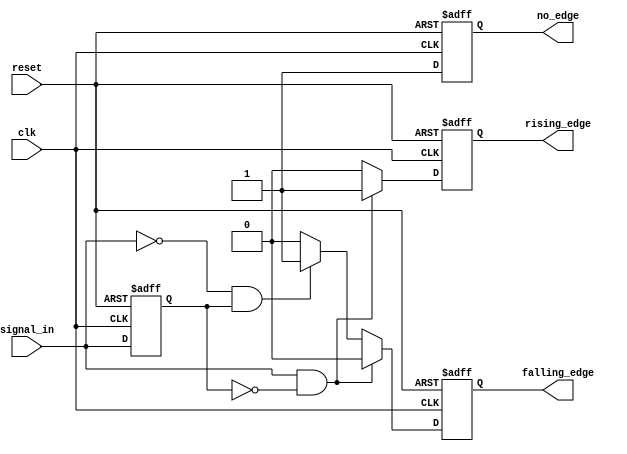
module differential_edge_detector (
    input wire clk,              // Clock input
    input wire reset,            // Asynchronous reset input
    input wire signal_in,        // Signal to be monitored
    output reg rising_edge,      // Output signal for rising edge detection
    output reg falling_edge,     // Output signal for falling edge detection
    output reg no_edge           // Output signal for no edge detected
);

    reg previous_state;          // Memory block to store the previous state

    // Edge detection logic
    always @(posedge clk or posedge reset) begin
        if (reset) begin
            // Initialize outputs and previous state on reset
            previous_state <= 1'b0;
            rising_edge <= 1'b0;
            falling_edge <= 1'b0;
            no_edge <= 1'b1; // Indicate no edge detected
        end else begin
            // Clear edge detection outputs before checking
            rising_edge <= 1'b0;
            falling_edge <= 1'b0;
            no_edge <= 1'b1; // Assume no edge initially

            // Edge detection logic
            if (signal_in && !previous_state) begin
                // Rising edge detected
                rising_edge <= 1'b1;
            end else if (!signal_in && previous_state) begin
                // Falling edge detected
                falling_edge <= 1'b1;
            end else begin
                // No edge detected
                no_edge <= 1'b1;
            end

            // Store the current input state for the next clock cycle
            previous_state <= signal_in;
        end
    end

endmodule